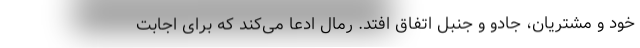
خود و مشتریان، جادو و جنبل اتفاق افتد. رمال ادعا می‌کند که برای اجابت